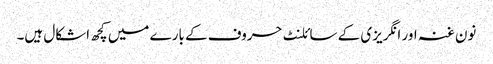
نون غنہ اور انگریزی کے سائلنٹ حروف کے بارے میں کچھ اشکال ہیں۔